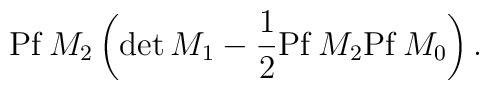
{\rm Pf}\, M_2 \left( {\rm det}\, M_1 -\frac{1}{2}{\rm Pf}\, M_2  {\rm Pf}\, M_0 \right).